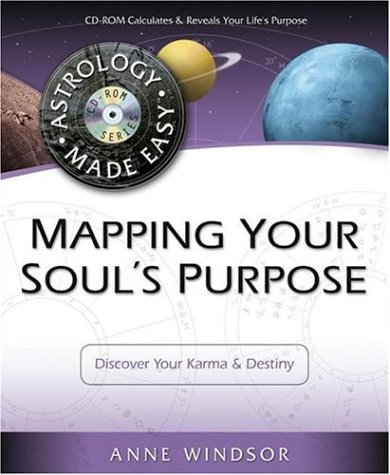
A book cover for Mapping Your Soul's Purpose: Discover Your Karma & Destiny (Astrology Made Easy Series); Anne Windsor; Religion & Spirituality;